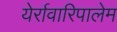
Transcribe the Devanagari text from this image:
येर्रावारिपालेम